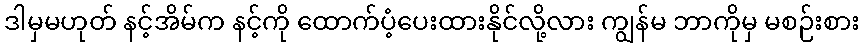
ဒါမှမဟုတ် နင့်အိမ်က နင့်ကို ထောက်ပံ့ပေးထားနိုင်လို့လား ကျွန်မ ဘာကိုမှ မစဉ်းစား